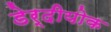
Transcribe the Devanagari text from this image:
डेर्दीयोक